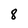
Character: 8